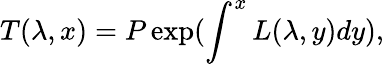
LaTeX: T(\lambda,x)=P\exp(\int^{x}L(\lambda,y)dy),